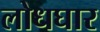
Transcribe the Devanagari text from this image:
लोधघार